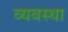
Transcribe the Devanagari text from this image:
व्यवस्था